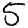
Digit: 5